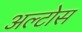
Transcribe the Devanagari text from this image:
अल्टोस